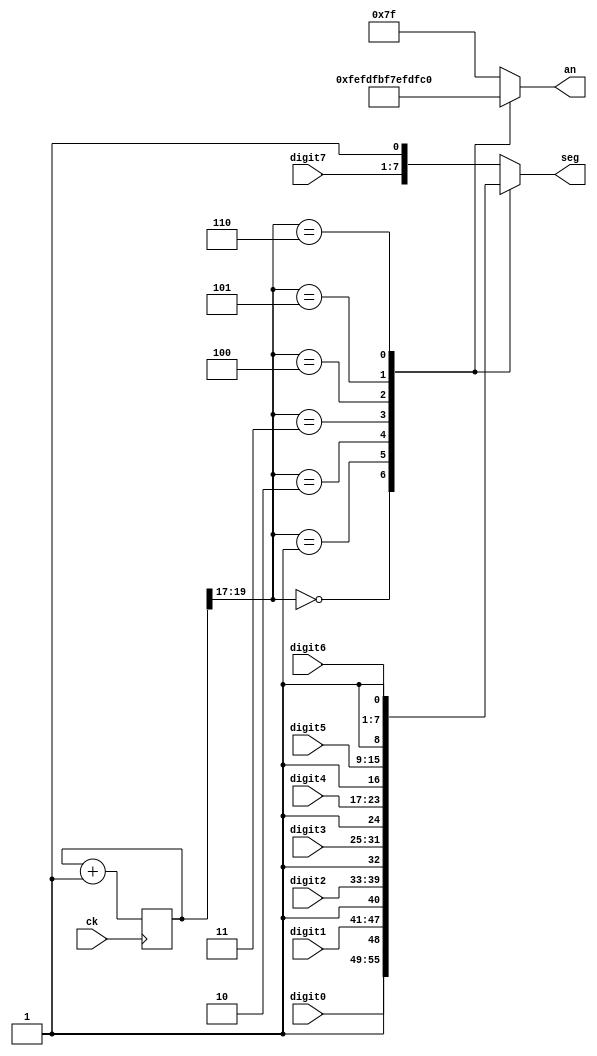
module sSegDisplay_8(ck, digit0, digit1, digit2, digit3, digit4, digit5, digit6, digit7, seg, an);
	input ck; //100MHz system clock
	input [0:6] digit0, digit1, digit2, digit3, digit4, digit5, digit6, digit7; // 8 digit number to be displayed
	output [0:7] seg;   // display cathodes
	output [0:7] an;    // display anodes (active-low, due to transistor complementing)

	reg [19:0]cnt=20'b0; //divider counter for ~95.3Hz refresh rate (with 100MHz main clock)
	reg [0:7]hex;  // hexadecimal digit
	reg [0:7]intAn; 		// internal signal representing anode data

	assign  an = intAn;
	assign   seg = hex;
	
	always@(posedge ck)
   begin
         cnt <= cnt + 1'b1;
   end  
		
	// Anode Select
   always@(cnt[19:17])  // 100MHz/2^20 = 95.3Hz
	begin
			case(cnt[19:17])    
				0: begin intAn = 8'b11111110; hex = {digit0, 1'b1}; end
				1: begin intAn = 8'b11111101; hex = {digit1, 1'b1}; end
				2: begin intAn = 8'b11111011; hex = {digit2, 1'b1}; end
				3: begin intAn = 8'b11110111; hex = {digit3, 1'b1}; end
				4: begin intAn = 8'b11101111; hex = {digit4, 1'b1}; end
				5: begin intAn = 8'b11011111; hex = {digit5, 1'b1}; end
				6: begin intAn = 8'b10111111; hex = {digit6, 1'b1}; end
				default: begin intAn = 8'b01111111; hex={digit7, 1'b1}; end
			endcase
	end
	
endmodule